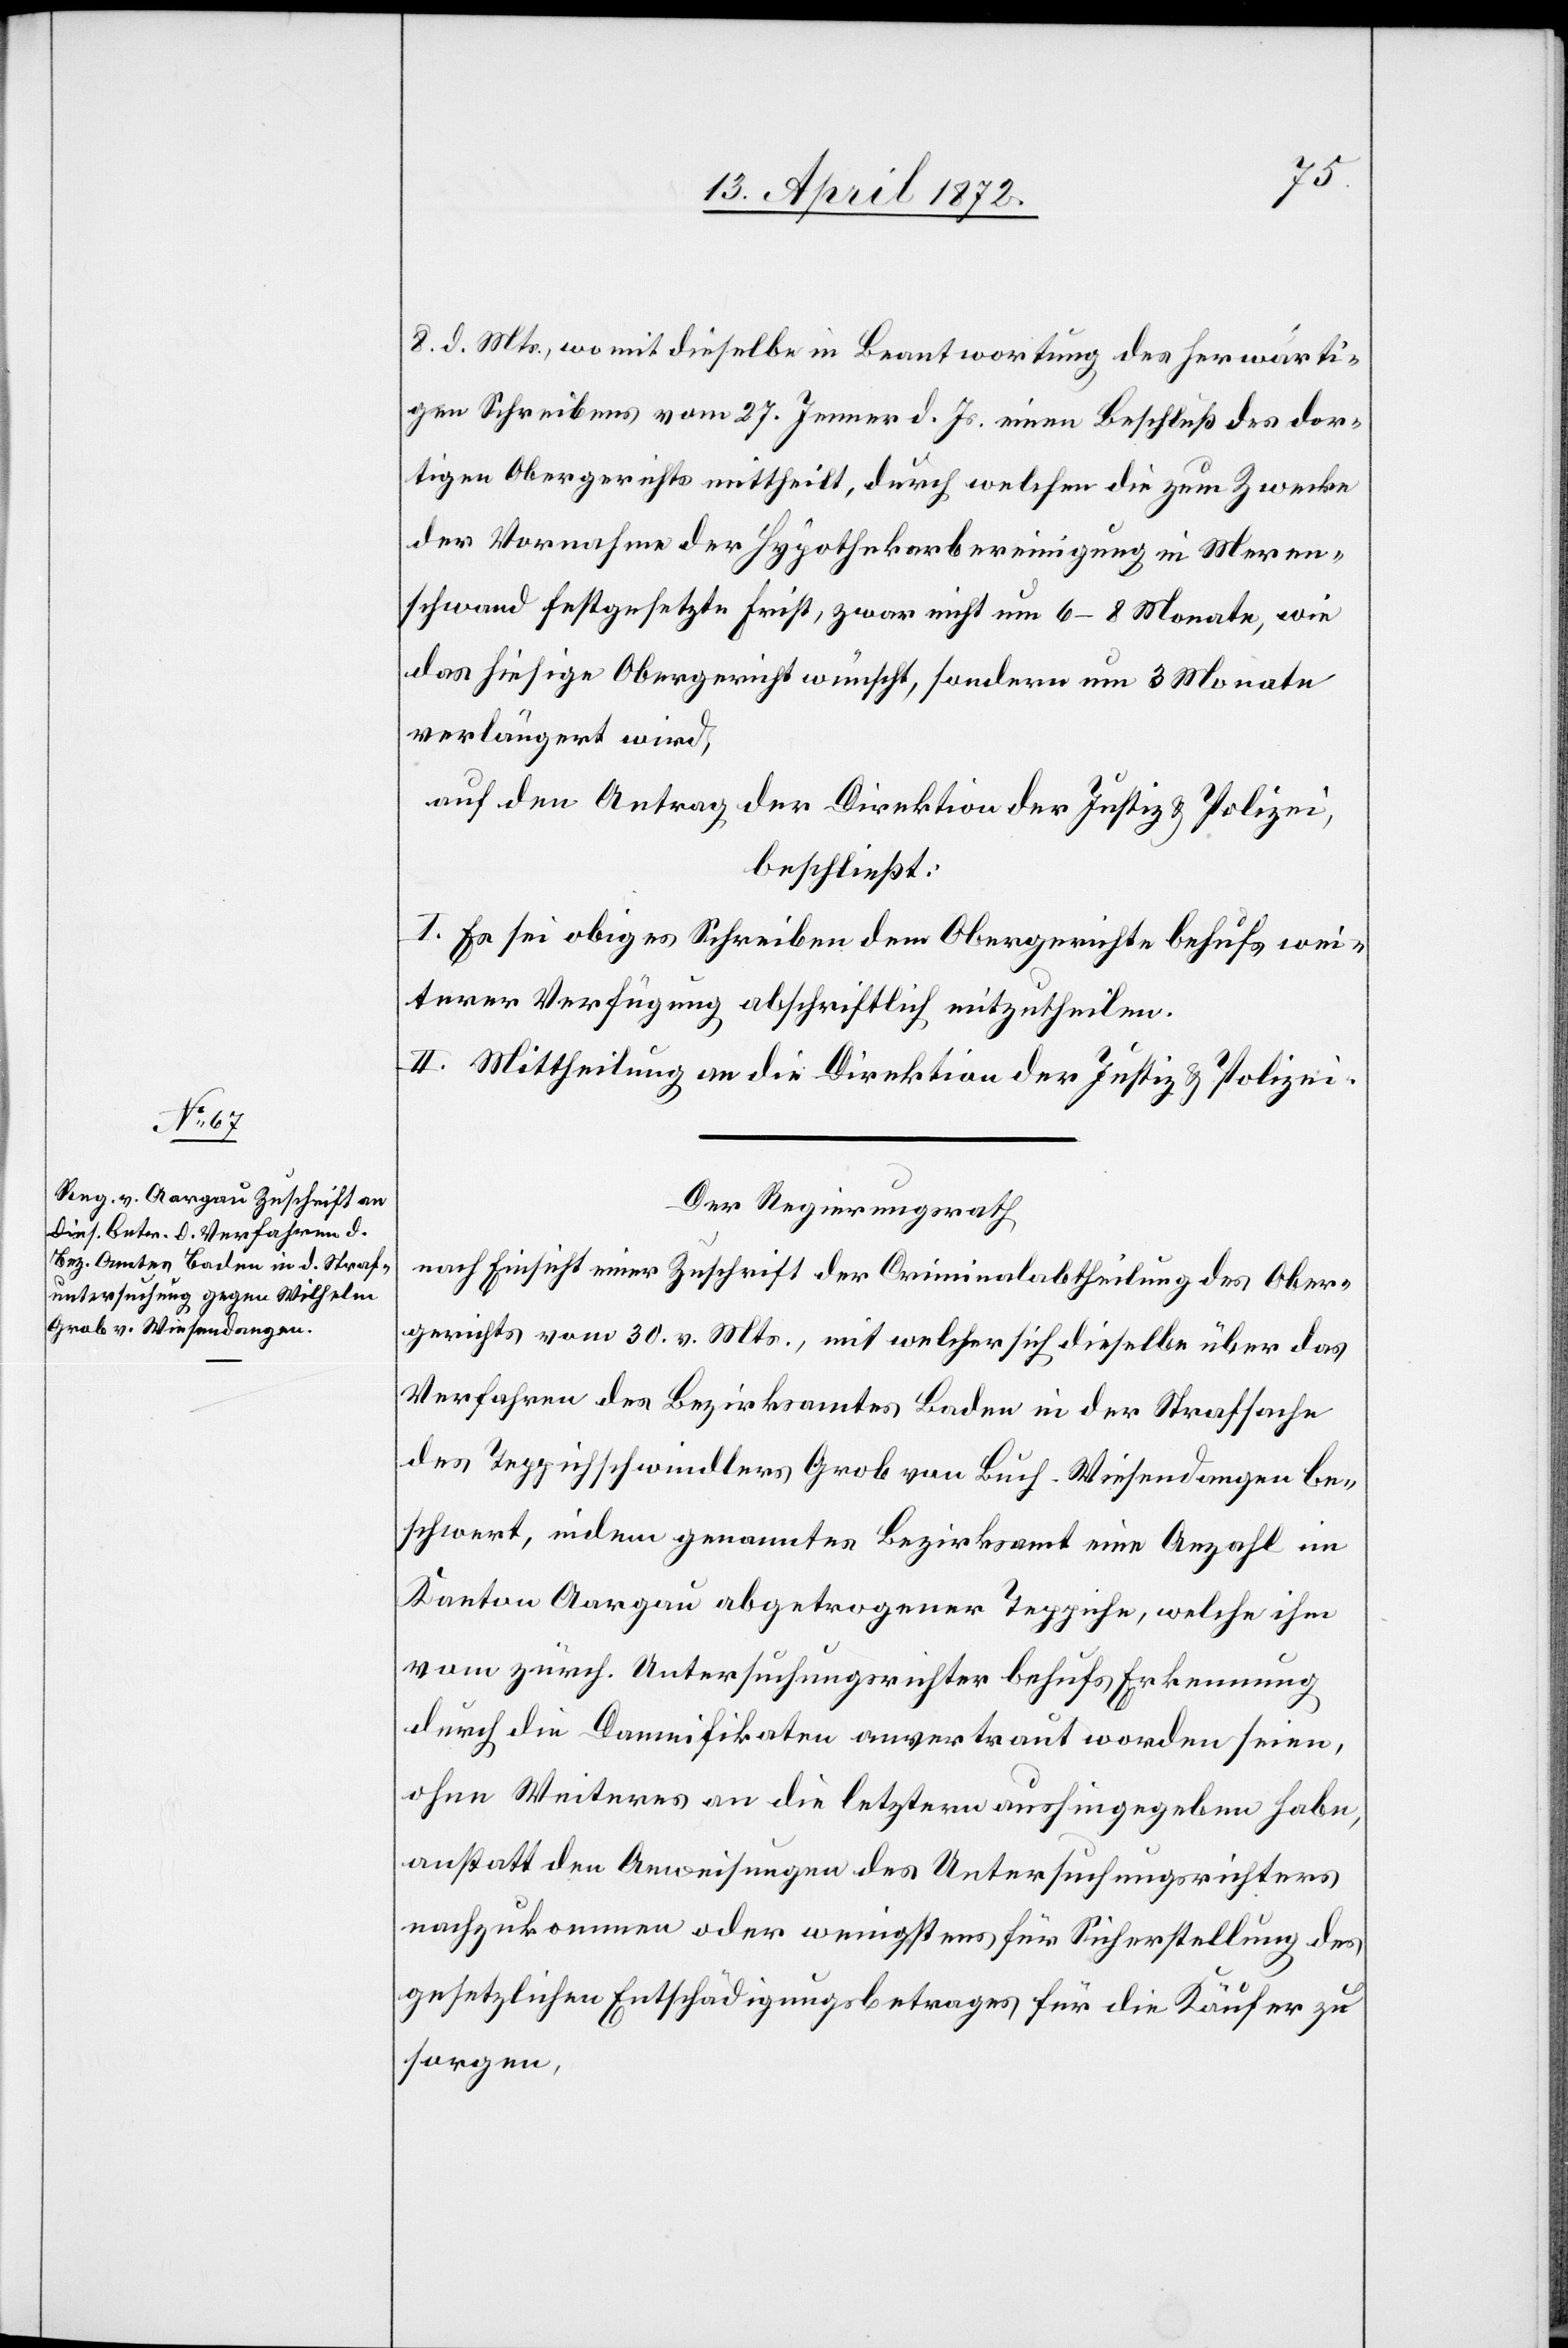
8. d. Mts., womit dieselbe in Beantwortung des herwärti¬
gen Schreibens vom 27. Jenner d. Js. einen Beschluß des dor¬
tigen Obergerichts mittheilt, durch welchen die zum Zwecke
der Vornahme der Hypothekarbereinigung in Meren¬
schwand festgesetzte Frist, zwar nicht um 6–8 Monate, wie
das hiesige Obergericht wünscht, sondern um 3 Monate
verlängert wird,
auf den Antrag der Direktion der Justiz u. Polizei,
beschließt:
I. Es sei obiges Schreiben dem Obergerichte behufs wei¬
terer Verfügung abschriftlich mitzutheilen.
II. Mittheilung an die Direktion der Justiz u. Polizei.
Der Regierungsrath
nach Einsicht einer Zuschrift der Criminalabtheilung des Ober¬
gerichts vom 30. v. Mts., mit welcher sich dieselbe über das
Verfahren des Bezirksamtes Baden in der Strafsache
des Teppichschwindlers Grob von Buch - Wiesendangen be¬
schwert, indem genanntes Bezirksamt eine Anzahl im
Kanton Aargau abgetrogener Teppiche, welche ihm
vom zürch. Untersuchungsrichter behufs Erkennung
durch die Damnifikaten anvertraut worden seien,
ohne Weiteres an die letztern aushingegeben habe,
anstatt den Anweisungen des Untersuchungsrichters
nachzukommen oder wenigstens für Sicherstellung des
gesetzlichen Entschädigungsbetrages für die Käufer zu
sorgen,